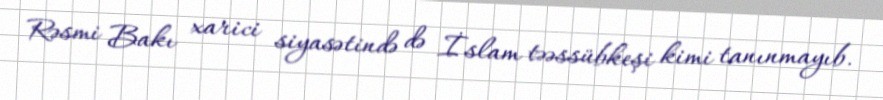
Rəsmi Bakı xarici siyasətində də İslam təəssübkeşi kimi tanınmayıb.